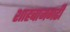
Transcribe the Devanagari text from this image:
शाहबाजगढी